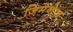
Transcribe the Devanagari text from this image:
जिमेनेज